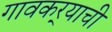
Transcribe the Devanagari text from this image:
गावकर्‍याची